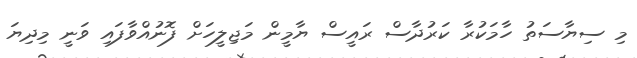
މި ސިޔާސަތު ހާމަކުރާ ކަރުދާސް ރައީސް ޔާމީން މަޖިލީހަށް ފޮނުއްވާފައި ވަނީ މިދިޔަ